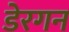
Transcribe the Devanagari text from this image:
डेरगन